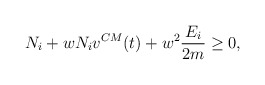
\begin{align*}N_{i} + w N_{i} v^{CM} (t)+w^2 \frac{E_{i}}{2m} \ge 0,\end{align*}